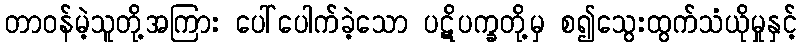
တာဝန်မဲ့သူတို့အကြား ပေါ်ပေါက်ခဲ့သော ပဋိပက္ခတို့မှ စ၍သွေးထွက်သံယိုမှုနှင့်